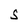
Character: S